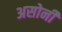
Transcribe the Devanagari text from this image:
असोनी